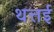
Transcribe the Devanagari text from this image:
थत्तई